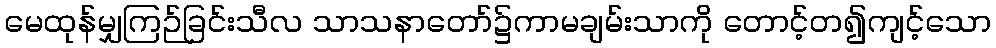
မေထုန်မျှကြဉ်ခြင်းသီလ သာသနာတော်၌ကာမချမ်းသာကို တောင့်တ၍ကျင့်သော